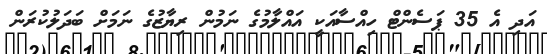
އަދި އެ 35 ޕަސެންޓް ހިއްސާއަކީ އައްލާމުގެ ނަމުން ރިޔާޒުގެ ނަމަށް ބަދަލުކުރަން